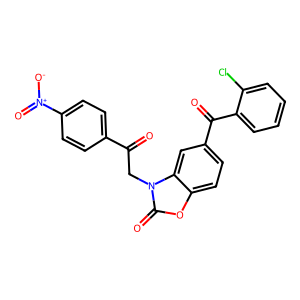
SMILES: O=C(Cn1c(=O)oc2ccc(C(=O)c3ccccc3Cl)cc21)c1ccc([N+](=O)[O-])cc1
Inhibits HIV replication: No